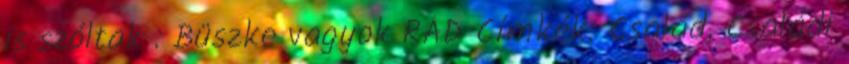
is szóltak : Büszke vagyok RÁD Címkék: Család, Családi